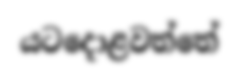
යටදොළවත්තේ